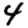
Digit: 4